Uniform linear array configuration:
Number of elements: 8
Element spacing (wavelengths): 1
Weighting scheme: hann
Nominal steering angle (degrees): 0
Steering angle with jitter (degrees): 1.637
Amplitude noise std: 0.05
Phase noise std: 0.05

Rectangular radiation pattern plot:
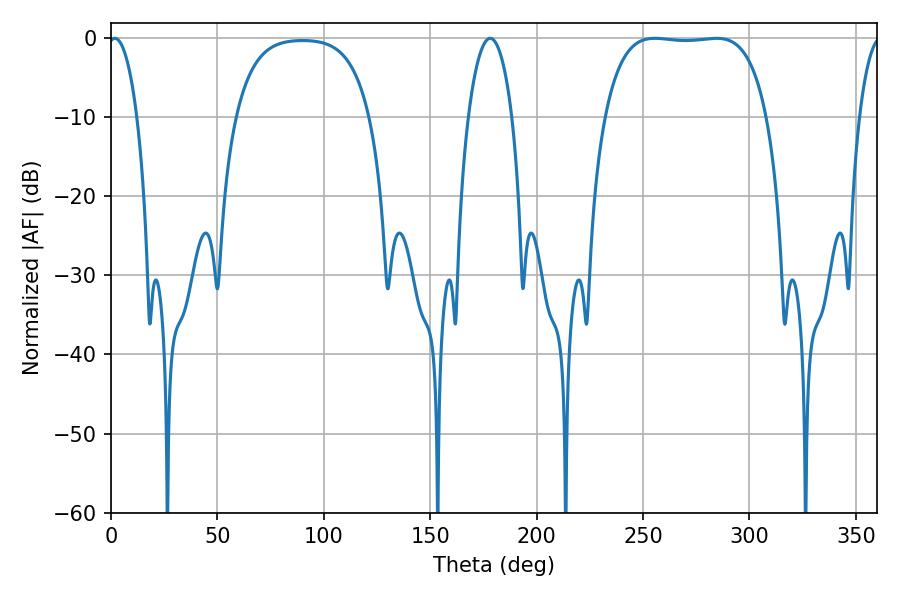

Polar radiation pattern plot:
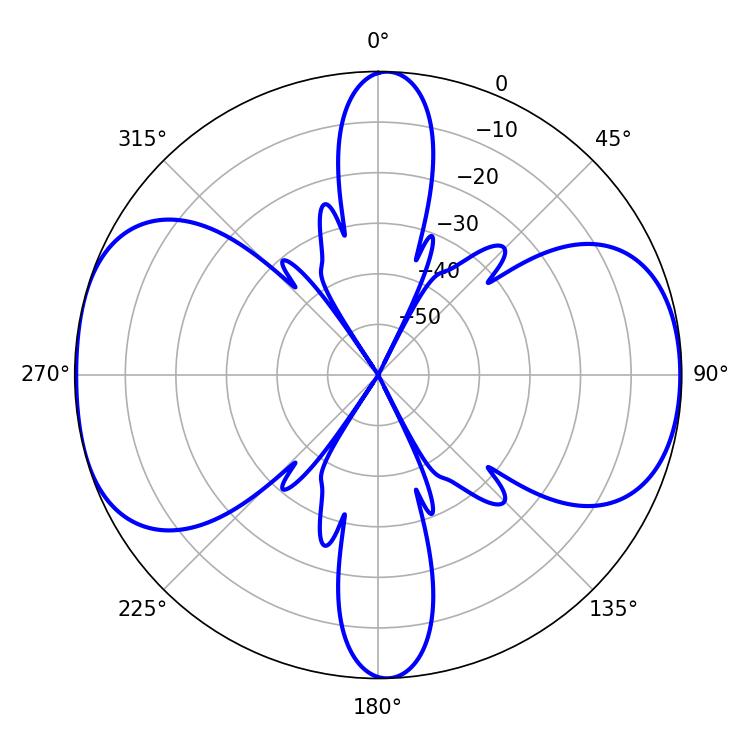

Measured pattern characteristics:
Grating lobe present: TRUE
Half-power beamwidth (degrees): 59.76
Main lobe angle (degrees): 255.6